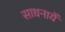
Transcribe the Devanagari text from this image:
साधनायें